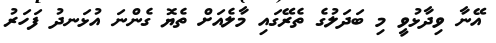
އޭނާ ވިދާޅުވީ މި ބަދަލުގެ ތެރޭގައި މާލެއަށް ތެޔޮ ގެންނަ އުޅަނދު ފަހަރު